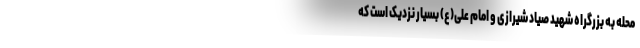
محله به بزرگراه شهید صیاد شیرازی و امام علی(ع) بسیار نزدیک است که